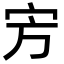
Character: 㝑